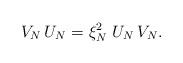
LaTeX: \begin{align*}V_N\, U_N = \xi_N^2\, \, U_N\, V_N.\end{align*}